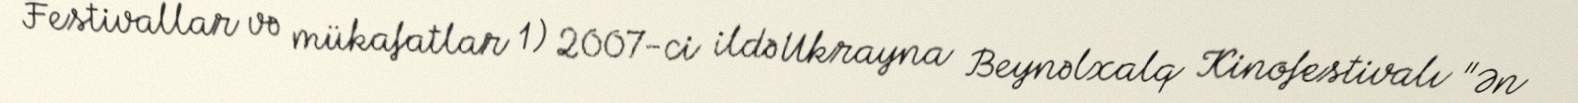
Festivallar və mükafatlar 1) 2007-ci ildə Ukrayna Beynəlxalq Kinofestivalı "Ən